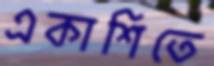
একাশিতে